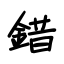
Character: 錯